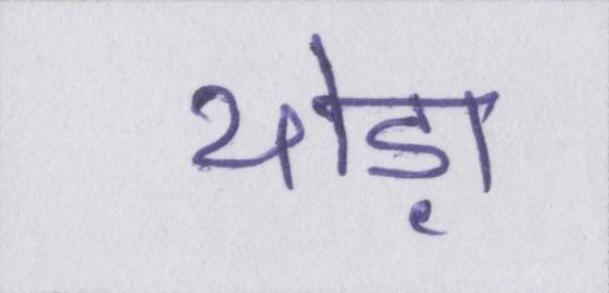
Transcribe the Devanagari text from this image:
थोड़ा